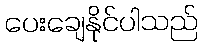
ပေးချေနိုင်ပါသည်